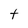
Character: t